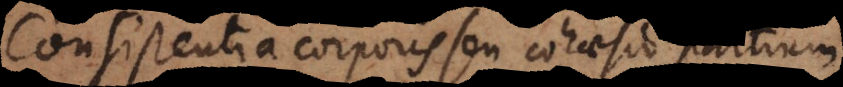
Consistentia corporis seu cohaesio partium